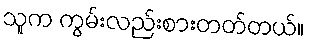
သူက ကွမ်းလည်းစားတတ်တယ်။